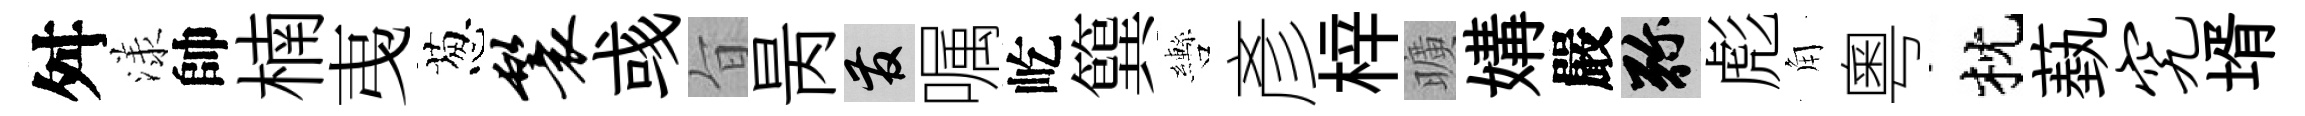
舛漾帥楠𢎯葱鬟彧旨昺發嘱屹簨轡彥梓曠媾嚴弥彪角粵枕蓺究壻